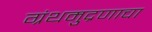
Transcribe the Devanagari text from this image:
ग्रंथमुद्रणाचा